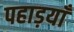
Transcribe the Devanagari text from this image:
पहाड़याँ